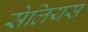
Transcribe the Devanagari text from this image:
सेलियस